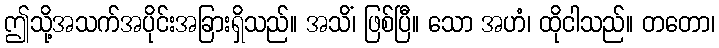
ဤသို့အသက်အပိုင်းအခြားရှိသည်။ အသိံ၊ ဖြစ်ပြီ။ သော အဟံ၊ ထိုငါသည်။ တတော၊